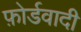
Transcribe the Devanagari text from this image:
फ़ोर्डवादी